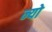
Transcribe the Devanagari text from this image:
न्यो